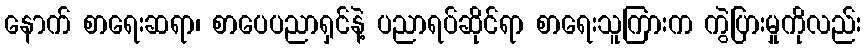
နောက် စာရေးဆရာ၊ စာပေပညာရှင်နဲ့ ပညာရပ်ဆိုင်ရာ စာရေးသူကြားက ကွဲပြားမှုကိုလည်း